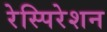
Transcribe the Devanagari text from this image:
रेस्पिरेशन